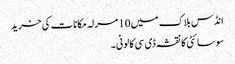
انڈس بلاک میں 10 مرلہ مکانات کی خرید
سوسائٹی کا نقشہ ڈی سی کالونی ۔